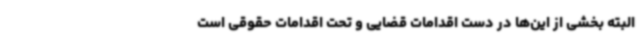
البته بخشی از این‌ها در دست اقدامات قضایی و تحت اقدامات حقوقی است